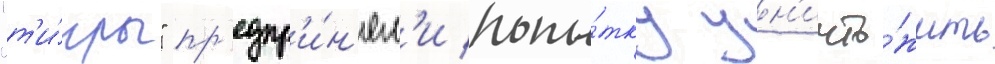
"т'и́гры" пр'едпр'и́н'ял'и попы́тку ун'ичто́жить